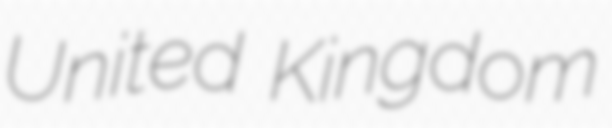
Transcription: United Kingdom